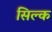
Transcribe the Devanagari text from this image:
सिल्‍क